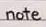
note